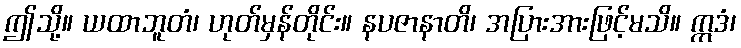
ဤသို့။ ယထာဘူတံ၊ ဟုတ်မှန်တိုင်း။ နပဇာနာတိ၊ အပြားအားဖြင့်မသိ။ ဣဒံ၊